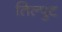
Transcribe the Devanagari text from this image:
तिल्पुट